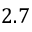
2 . 7